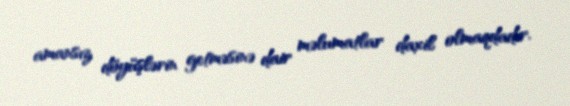
amansız döyüşlərin getməsinə dair məlumatlar daxil olmaqdadır.